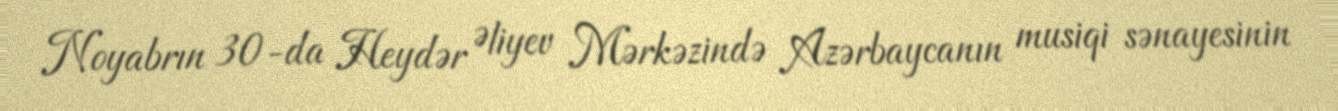
Noyabrın 30-da Heydər Əliyev Mərkəzində Azərbaycanın musiqi sənayesinin